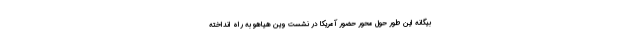
بیگانه این طور حول محور حضور آمریکا در نشست وین هیاهو به راه انداخته